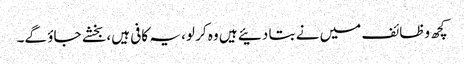
کچھ وظائف میں نے بتا دئیے ہیں وہ کر لو، یہ کافی ہیں، بخشے جاؤ گے۔